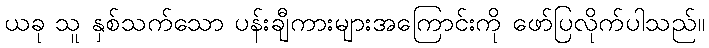
ယခု သူ နှစ်သက်သော ပန်းချီကားများအကြောင်းကို ဖော်ပြလိုက်ပါသည်။